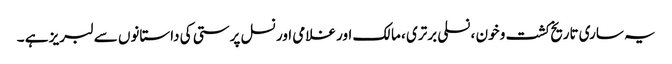
یہ ساری تاریخ کشت و خون ، نسلی برتری ، مالک اور غلامی اور نسل پرستی کی داستانوں سے لبریز ہے ۔